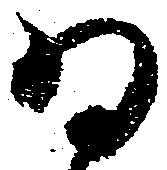
為